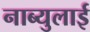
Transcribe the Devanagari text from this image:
नाब्युलाई